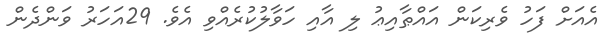
އެއަށް ފަހު ވެރިކަން އައްޠާއިޢު ލި އާއި ހަވާލުކުރެއްވި އެވެ. 29އަހަރު ވަންދެން